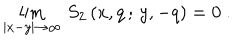
\lim _ { | x - y | \rightarrow \infty } \, S _ { 2 } \, ( x , q \, ; \, y , - q ) = 0 \ .